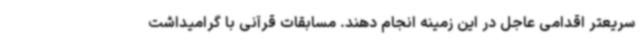
سریعتر اقدامی عاجل در این زمینه انجام دهند. مسابقات قرآنی با گرامیداشت